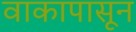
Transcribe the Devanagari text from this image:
वाकापासून